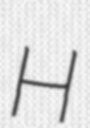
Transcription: H